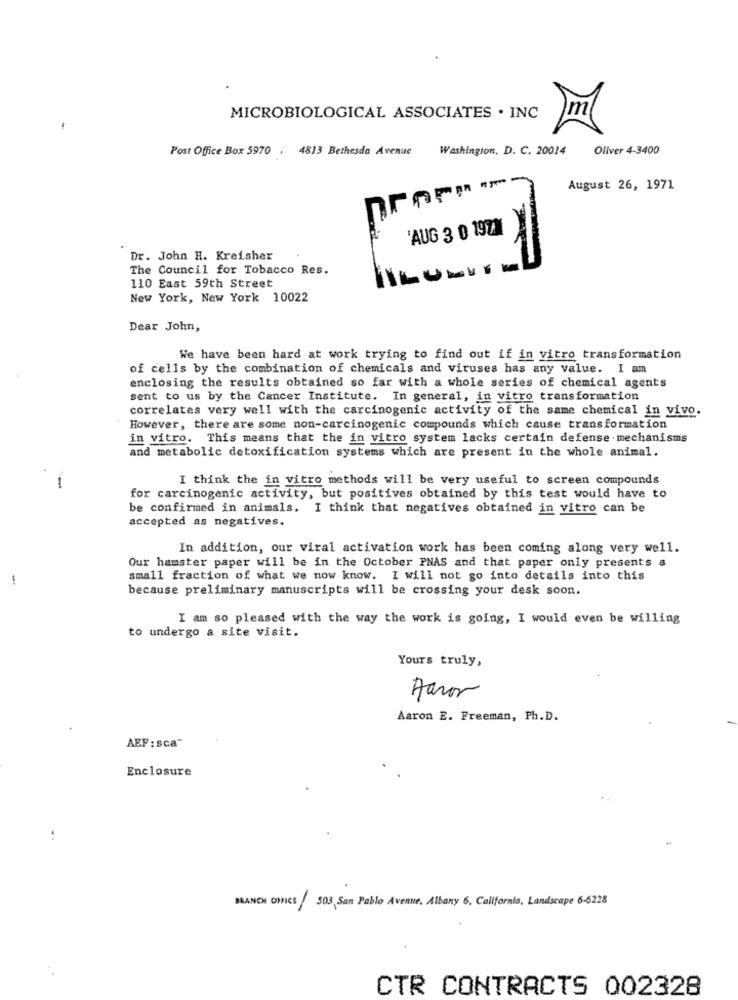
MICROBIOLOGICAL ASSOCIATES . INC
Post Office Box 5970 : 4813 Bethesda Avenue
Washington, D. C. 20014 Oliver 4-3400
August 26, 1971
'AUG 3 0 1972
Dr. John H. Kreisher
The Council for Tobacco Res.
110 East 59th Street
New York, New York 10022
Dear John,
We have been hard at work trying to find out if in vitro transformation
of cells by the combination of chemicals and viruses has any value. I am
enclosing the results obtained so far with a whole series of chemical agents
sent to us by the Cancer Institute. In general, in vitro transformation
correlates very well with the carcinogenic activity of the same chemical in vivo.
However, there are some non-carcinogenic compounds which cause transformation
in vitro. This means that the in vitro system lacks certain defense mechanisms
and metabolic detoxification systems which are present in the whole animal.
I think the in vitro methods will be very useful to screen compounds
-
for carcinogenic activity, but positives obtained by this test would have to
be confirmed in animals. I think that negatives obtained in vitro can be
accepted as negatives.
In addition, our viral activation work has been coming along very well.
Our hamster paper will be in the October PNAS and that paper only presents a
!
small fraction of what we now know. I will not go into details into this
because preliminary manuscripts will be crossing your desk soon.
I am so pleased with the way the work is going, I would even be willing
to undergo a site visit.
Yours truly,
Aaron
Aaron E. Freeman, Ph.D.
AEF : sca"
Enclosure
BRANCH OMICS / 503, San Pablo Avenue, Albany 6, California, Landscape 6-6228
CTR CONTRACTS 002328